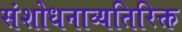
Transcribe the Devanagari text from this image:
संशोधनाव्यतिरिक्त